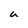
Character: u